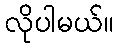
လိုပါမယ်။